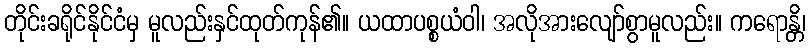
တိုင်းခရိုင်နိုင်ငံမှ မူလည်းနှင်ထုတ်ကုန်၏။ ယထာပစ္စယံဝါ၊ အလိုအားလျော်စွာမူလည်း။ ကရောန္တိ၊